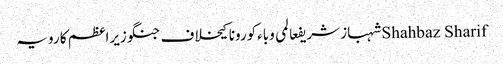
Shahbaz Sharifشہباز شریفعالمی وباءکورونا کیخلاف جنگوزیراعظم کا رویہ